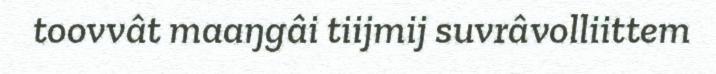
toovvât maaŋgâi tiijmij suvrâvolliittem